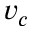
v _ { c }